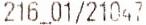
216_01/21047